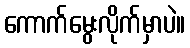
ကောက်မွေးလိုက်မှာပဲ။